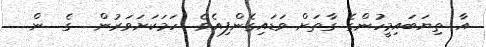
އާ ތިޔަބައިމީހުންގެ ގާތަށް ވަޑައިގެންފިއެވެ. ހަމަކަށަވަރުން  ގެ  ން